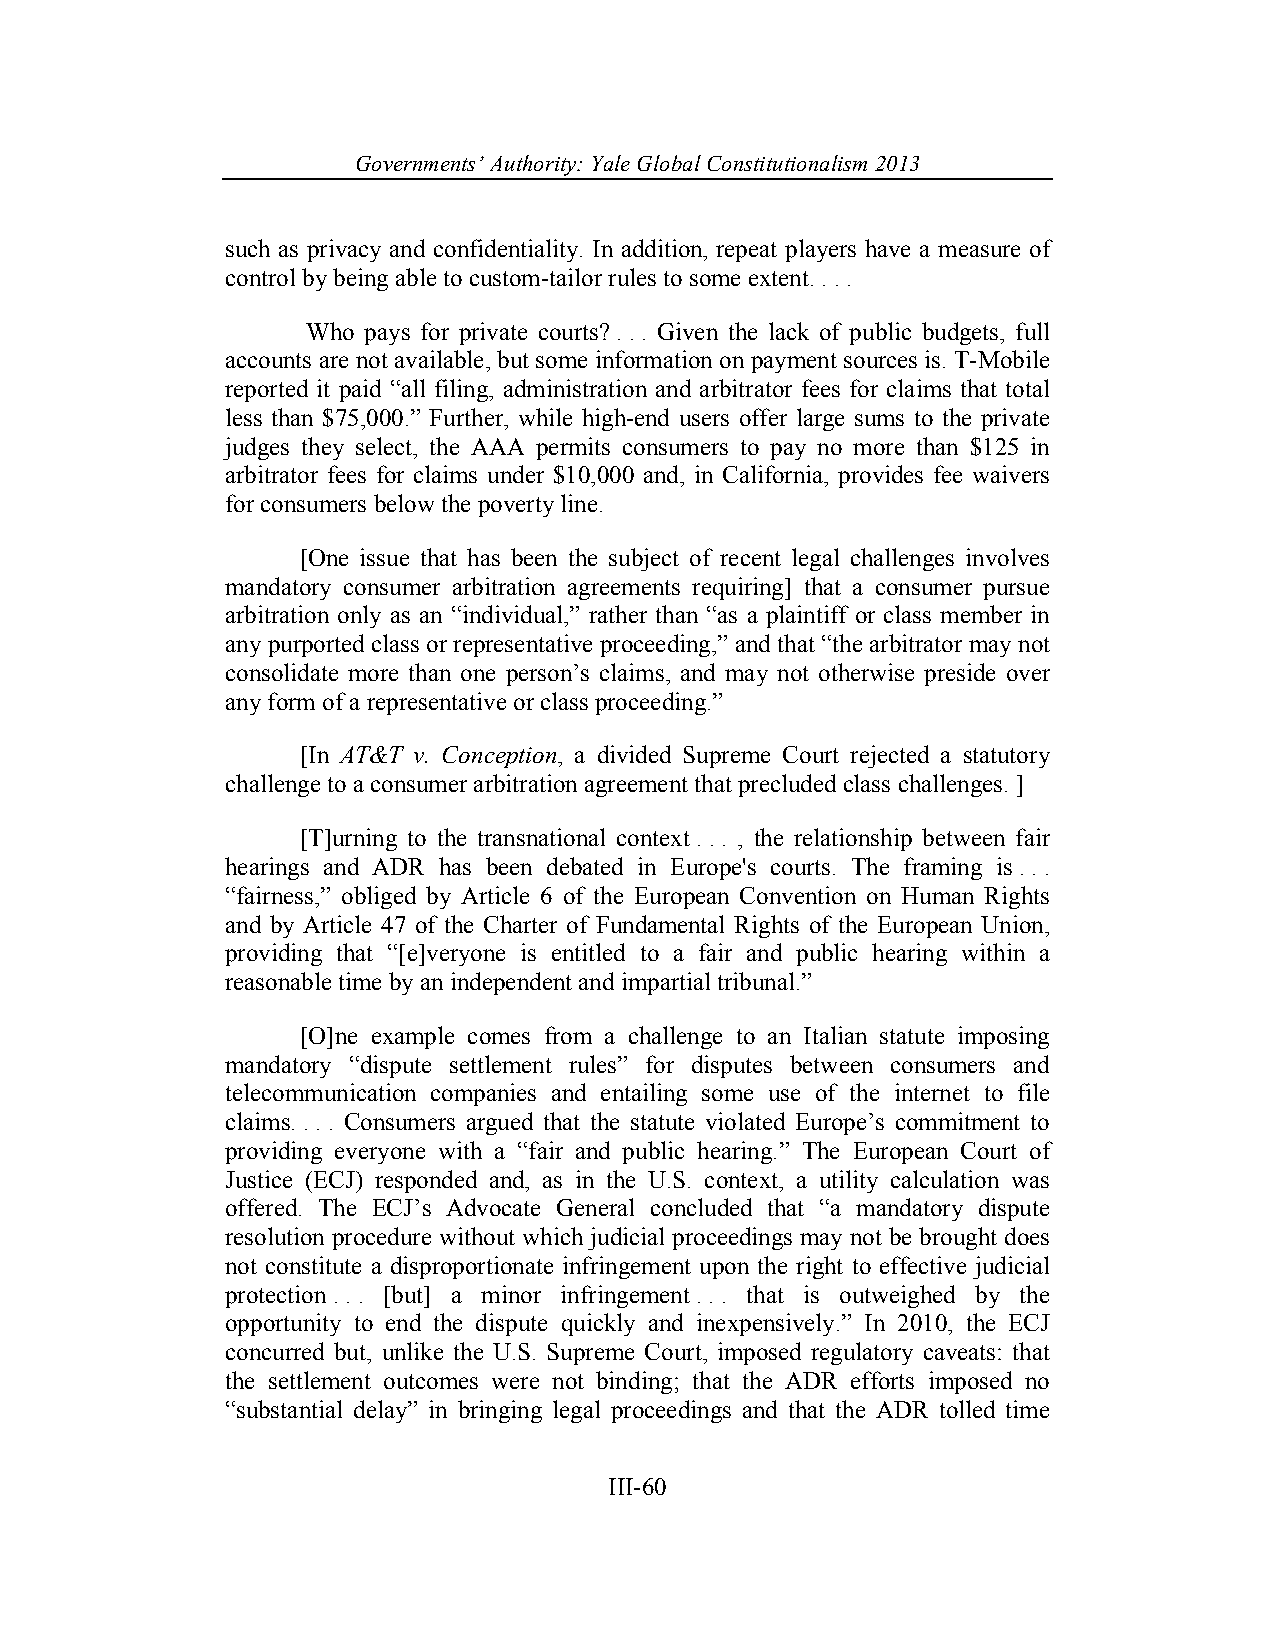
Governments’ Authority: Yale Global Constitutionalism 2013
 such as privacy and confidentiality. In addition, repeat players have a measure of
 control by being able to custom-tailor rules to some extent. . . .
 Who pays for private courts? . . . Given the lack of public budgets, full
 accounts are not available, but some information on payment sources is. T-Mobile
 reported it paid “all filing, administration and arbitrator fees for claims that total
 less than $75,000.” Further, while high-end users offer large sums to the private
 judges they select, the AAA permits consumers to pay no more than $125 in
 arbitrator fees for claims under $10,000 and, in California, provides fee waivers
 for consumers below the poverty line.
 [One issue that has been the subject of recent legal challenges involves
 mandatory consumer arbitration agreements requiring] that a consumer pursue
 arbitration only as an “individual,” rather than “as a plaintiff or class member in
 any purported class or representative proceeding,” and that “the arbitrator may not
 consolidate more than one person’s claims, and may not otherwise preside over
 any form of a representative or class proceeding.”
 [In AT&T v. Conception, a divided Supreme Court rejected a statutory
 challenge to a consumer arbitration agreement that precluded class challenges. ]
 [T]urning to the transnational context . . . , the relationship between fair
 hearings and ADR has been debated in Europe's courts. The framing is . . .
 “fairness,” obliged by Article 6 of the European Convention on Human Rights
 and by Article 47 of the Charter of Fundamental Rights of the European Union,
 providing that “[e]veryone is entitled to a fair and public hearing within a
 reasonable time by an independent and impartial tribunal.”
 [O]ne example comes from a challenge to an Italian statute imposing
 mandatory “dispute settlement rules” for disputes between consumers and
 telecommunication companies and entailing some use of the internet to file
 claims. . . . Consumers argued that the statute violated Europe’s commitment to
 providing everyone with a “fair and public hearing.” The European Court of
 Justice (ECJ) responded and, as in the U.S. context, a utility calculation was
 offered. The ECJ’s Advocate General concluded that “a mandatory dispute
 resolution procedure without which judicial proceedings may not be brought does
 not constitute a disproportionate infringement upon the right to effective judicial
 protection . . . [but] a minor infringement . . . that is outweighed by the
 opportunity to end the dispute quickly and inexpensively.” In 2010, the ECJ
 concurred but, unlike the U.S. Supreme Court, imposed regulatory caveats: that
 the settlement outcomes were not binding; that the ADR efforts imposed no
 “substantial delay” in bringing legal proceedings and that the ADR tolled time
 III-60